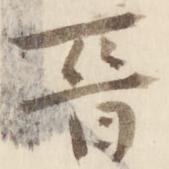
晋